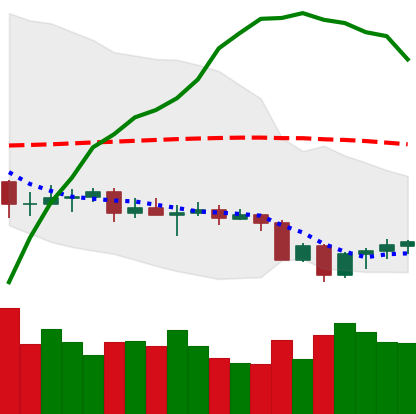
Ticker: EOS-USD
Chart end date: 2020-09-27
Forward return: -4.131%
Label: down_3_5